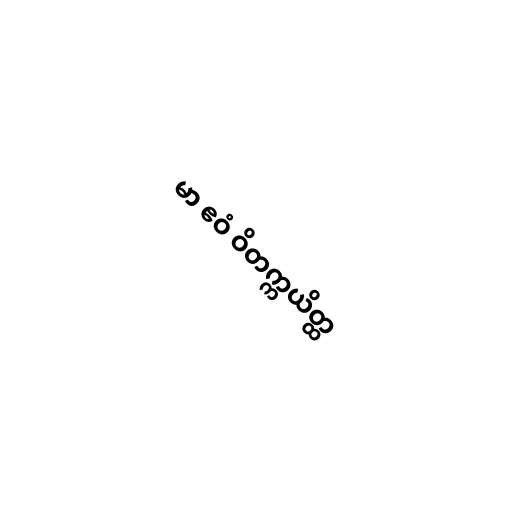
မာ ဧဝံ ဝိတက္ကယိတ္ထ